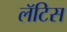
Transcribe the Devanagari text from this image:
लॅटिस